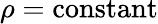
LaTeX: \rho={\mathrm{constant}}